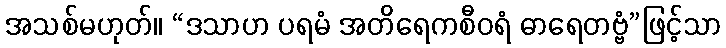
အသစ်မဟုတ်။ “ဒသာဟ ပရမံ အတိရေကစီဝရံ ဓာရေတဗ္ဗံ”ဖြင့်သာ